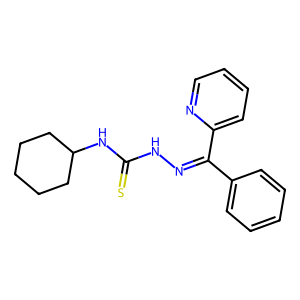
SMILES: S=C(NN=C(c1ccccc1)c1ccccn1)NC1CCCCC1
Inhibits HIV replication: No